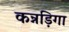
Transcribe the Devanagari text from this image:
कन्नड़िगा